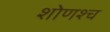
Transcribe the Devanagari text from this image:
शोणश्च